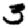
Digit: 3